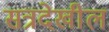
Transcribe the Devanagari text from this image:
सत्रदेखील